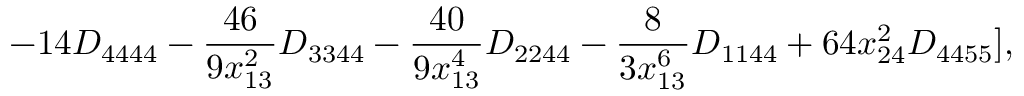
- 1 4 D _ { 4 4 4 4 } - \frac { 4 6 } { 9 x _ { 1 3 } ^ { 2 } } D _ { 3 3 4 4 } - \frac { 4 0 } { 9 x _ { 1 3 } ^ { 4 } } D _ { 2 2 4 4 } - \frac { 8 } { 3 x _ { 1 3 } ^ { 6 } } D _ { 1 1 4 4 } + 6 4 x _ { 2 4 } ^ { 2 } D _ { 4 4 5 5 } ] ,